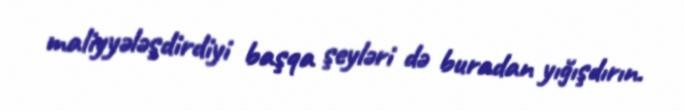
maliyyələşdirdiyi başqa şeyləri də buradan yığışdırın.